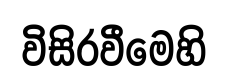
විසිරවීමෙහි